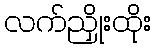
လက်ညှိုးထိုး